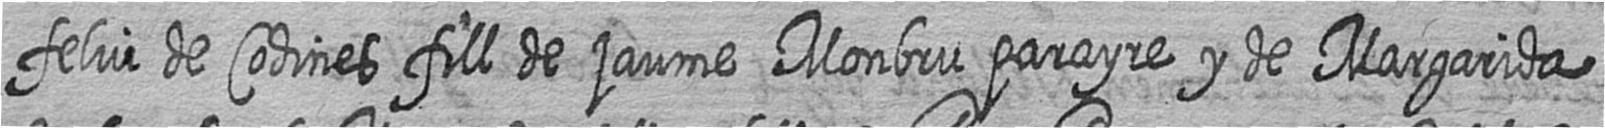
feliu de Codines fill de jaume Monbru parayre y de Margarida